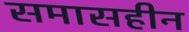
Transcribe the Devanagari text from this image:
समासहीन